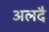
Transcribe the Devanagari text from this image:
अलदै